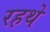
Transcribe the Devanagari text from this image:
रहथे